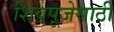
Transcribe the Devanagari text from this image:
शिवपूजेसाठी